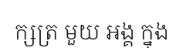
ក្សត្រ មួយ អង្គ ក្នុង